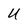
Character: U